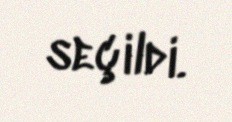
seçildi.